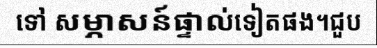
ទៅ សម្ភាសន៍ផ្ទាល់ទៀតផង។ជួប